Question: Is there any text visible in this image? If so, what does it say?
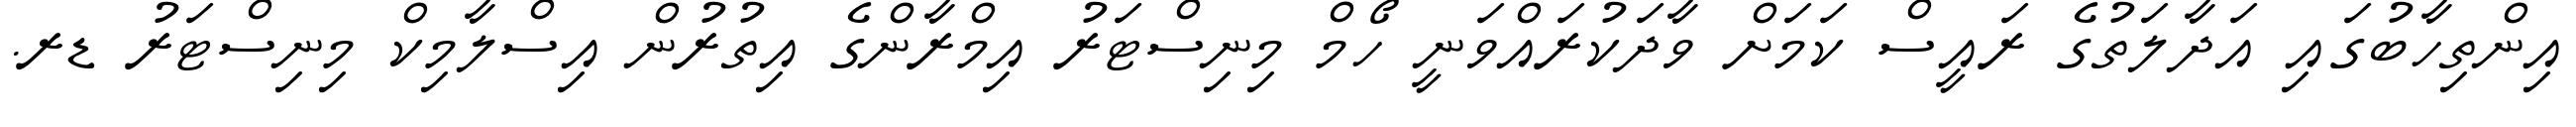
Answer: އިންތިހާބުގައި އަދާލަތުގެ ރައީސް ކަމަށް ވާދަކުރައްވަނީ ހޯމް މިނިސްޓަރު އިމްރާންގެ އިތުރުން އިސްލާމިކް މިނިސްޓަރު ޑރ.